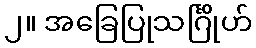
၂။ အခြေပြုသင်္ဂြိုဟ်